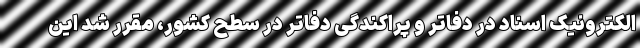
الکترونیک اسناد در دفاتر و پراکندگی دفاتر در سطح کشور، مقرر شد این